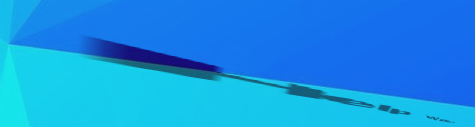
Help Wanted